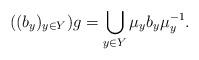
LaTeX: \begin{align*} ((b_y)_{y\in Y})g = \bigcup_{y\in Y} \mu_yb_y\mu_{y}^{-1}. \end{align*}